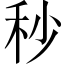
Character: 秒